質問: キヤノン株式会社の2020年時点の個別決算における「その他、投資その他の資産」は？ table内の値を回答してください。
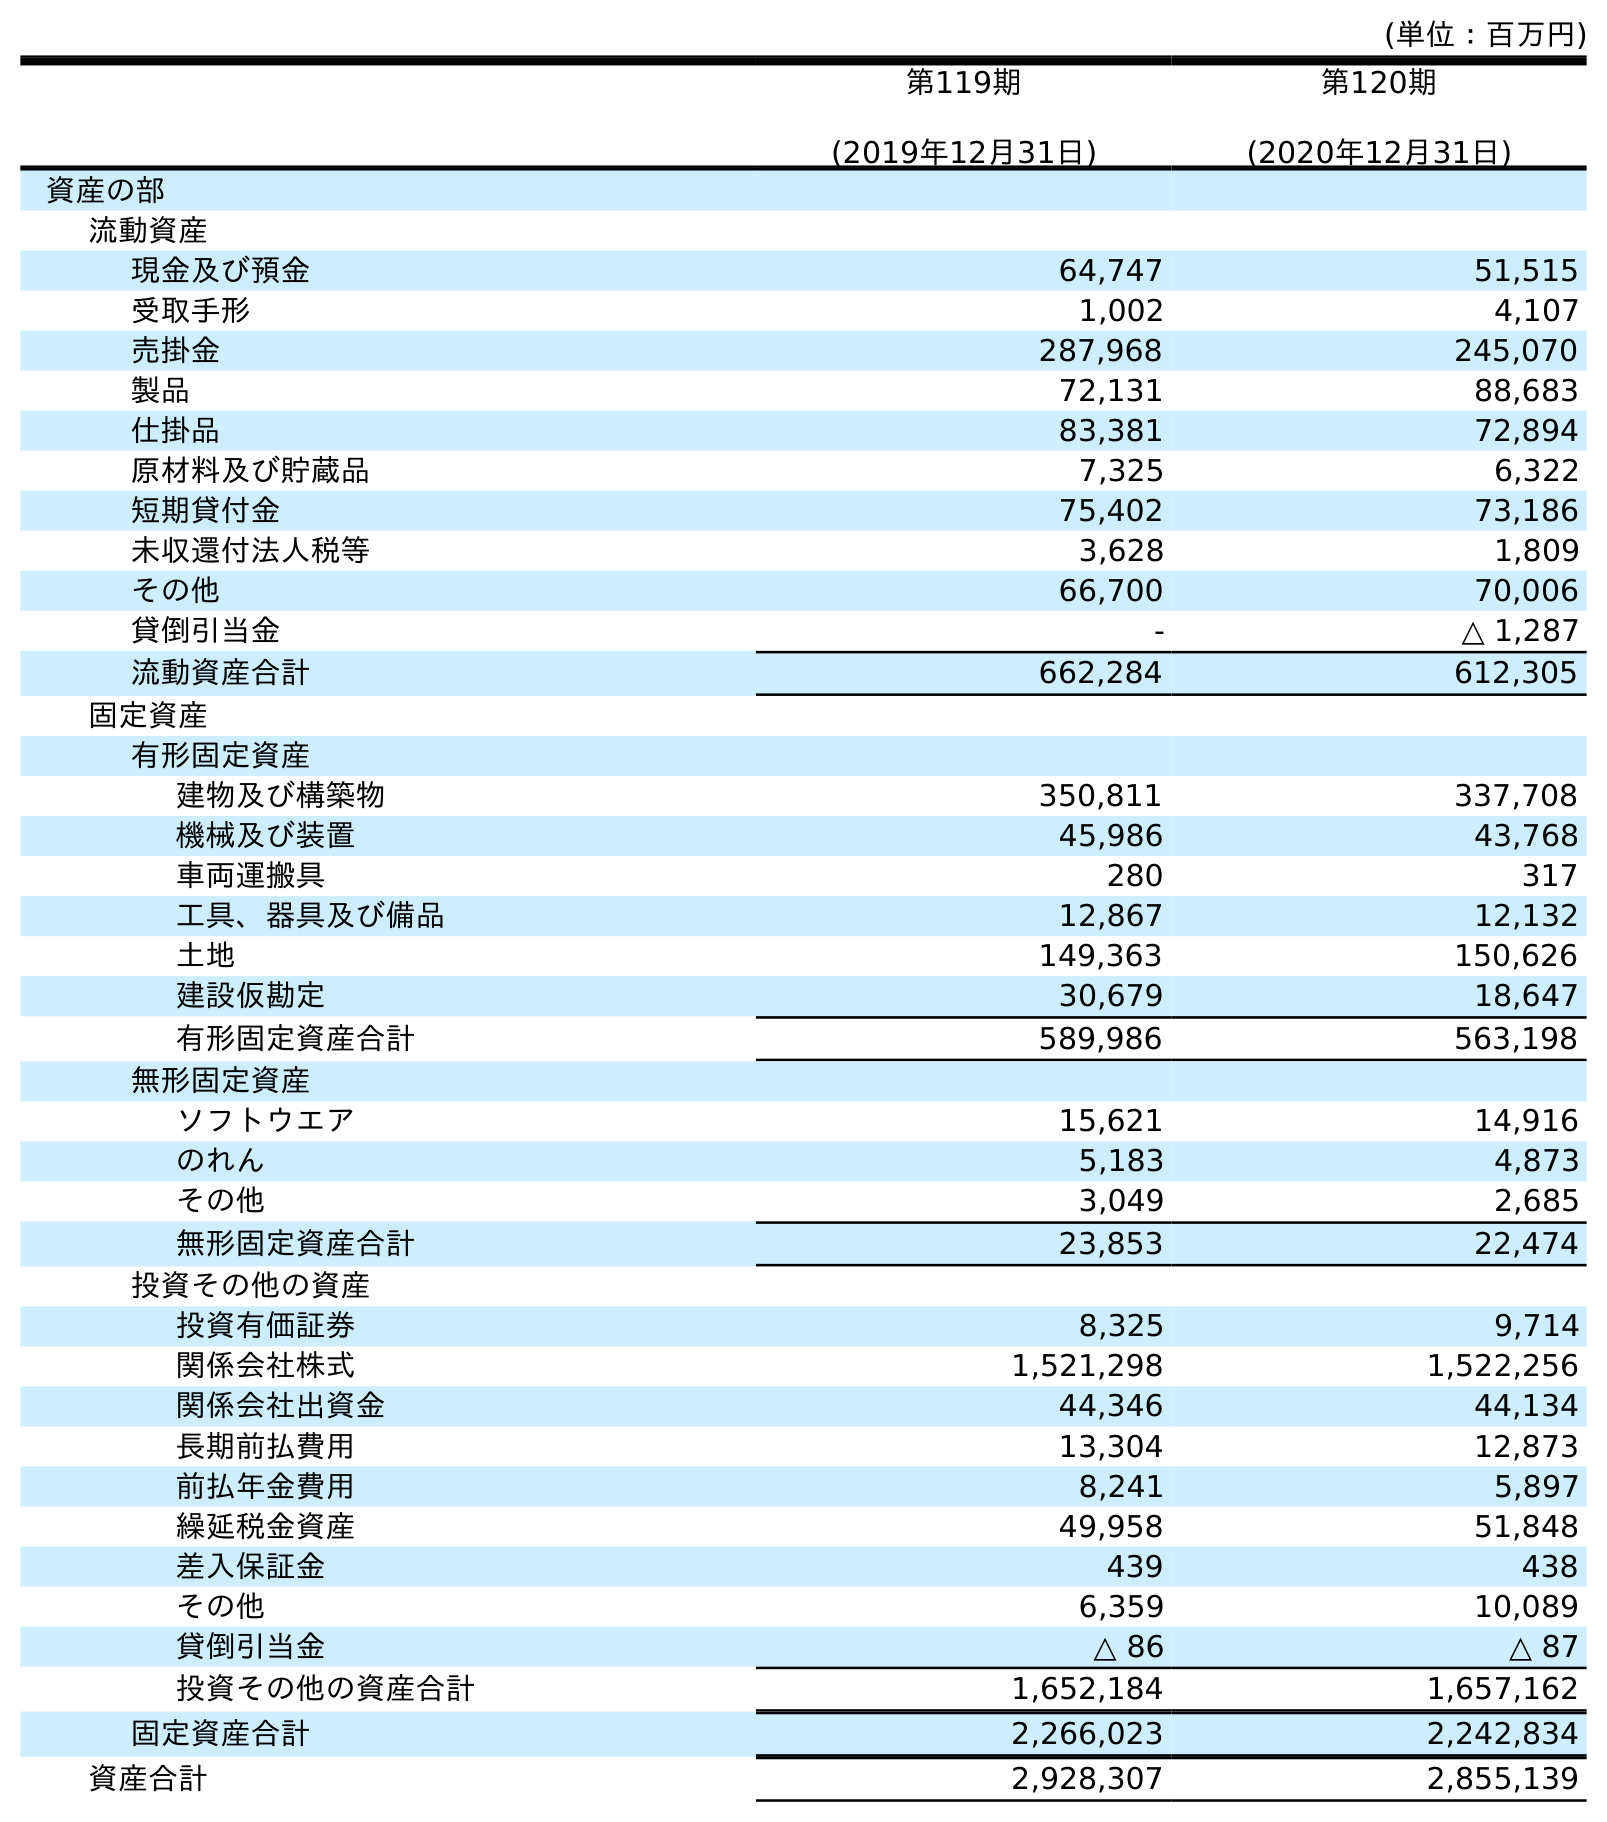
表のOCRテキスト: (単位：百万円) 第119期 (2019年12月31日) 第120期 (2020年12月31日) 資産の部 流動資産 現金及び預金 64,747 51,515 受取手形 1,002 4,107 売掛金 287,968 245,070 製品 72,131 88,683 仕掛品 83,381 72,894 原材料及び貯蔵品 7,325 6,322 短期貸付金 75,402 73,186 未収還付法人税等 3,628 1,809 その他 66,700 70,006 貸倒引当金 - △ 1,287 流動資産合計 662,284 612,305 固定資産 有形固定資産 建物及び構築物 350,811 337,708 機械及び装置 45,986 43,768 車両運搬具 280 317 工具、器具及び備品 12,867 12,132 土地 149,363 150,626 建設仮勘定 30,679 18,647 有形固定資産合計 589,986 563,198 無形固定資産 ソフトウエア 15,621 14,916 のれん 5,183 4,873 その他 3,049 2,685 無形固定資産合計 23,853 22,474 投資その他の資産 投資有価証券 8,325 9,714 関係会社株式 1,521,298 1,522,256 関係会社出資金 44,346 44,134 長期前払費用 13,304 12,873 前払年金費用 8,241 5,897 繰延税金資産 49,958 51,848 差入保証金 439 438 その他 6,359 10,089 貸倒引当金 △ 86 △ 87 投資その他の資産合計 1,652,184 1,657,162 固定資産合計 2,266,023 2,242,834 資産合計 2,928,307 2,855,139
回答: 10,089